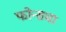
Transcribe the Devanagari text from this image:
फोन्सचा